Indian journal of veterinary science and animal husbandry - Volume 11,
Year: 1941
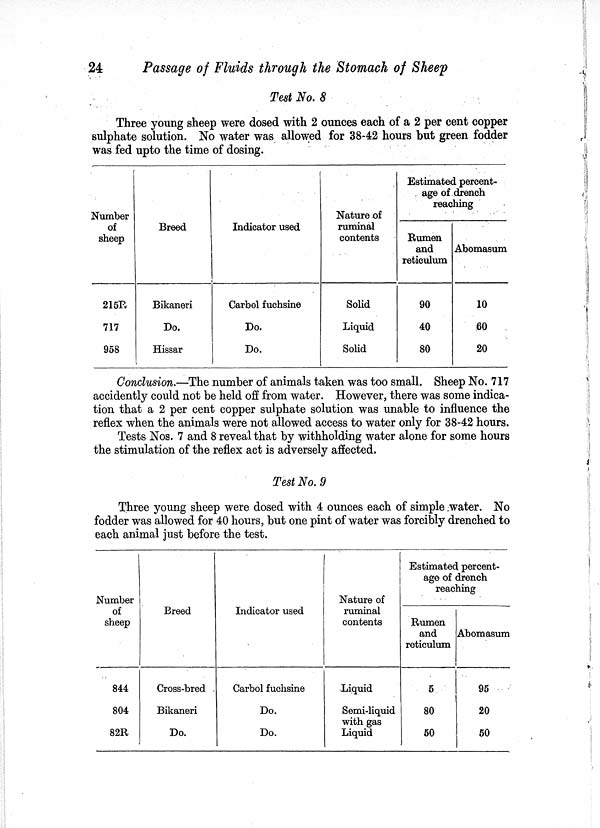
24
Passage of Fluids through the Stomach of Sheep
Test No. 8
Three young sheep were dosed with 2 ounces each of a 2 per cent copper
sulphate solution. No water was allowed for 38-42 hours but green fodder
was fed upto the time of dosing.
Number
of
sheep
215R
717
958
Breed
Bikaneri
Do.
Hissar
Indicator vised
Carbol fuchsine
Do.
Do.
Nature of
ruminal
contents
Solid
Liquid
Solid
Estimated percent-
age of drench
reaching
Rumen
and
reticulum
90
40
80
Abomasum
10
60
20
Conclusion.—The number of animals taken was too small. Sheep No. 717
accidently could not be held off from water. However, there was some indica-
tion that a 2 per cent copper sulphate solution was unable to influence the
reflex when the animals were not allowed access to water only for 38-42 hours.
Tests Nos. 7 and 8 reveal that by withholding water alone for some hours
the stimulation of the reflex act is adversely affected.
Test No. 9
Three young sheep were dosed with 4 ounces each of simple water. No
fodder was allowed for 40 hours, but one pint of water was forcibly drenched to
each animal just before the test.
Number
of
sheep
844
804
82R
Breed
Cross-bred
Bikaneri
Do.
Indicator used
Carbol fuchsine
Do.
Do.
Nature of
ruminal
contents
Liquid
Semi-liquid
with gas
Liquid
Estimated percent-
age of drench
reaching
reaching
Rumen
and
reticulum
5
80
50
Abomasum
95
20
50